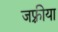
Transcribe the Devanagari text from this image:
जफ़्रीया